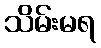
သိမ်းမရ